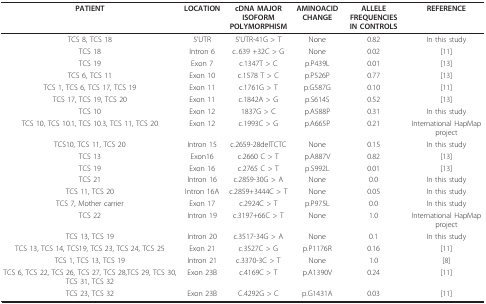
<table><thead><tr><td><b>PATIENT</b></td><td><b>LOCATION</b></td><td><b>cDNA MAJOR ISOFORMPOLYMORPHISM</b></td><td><b>AMINOACIDCHANGE</b></td><td><b>ALLELE FREQUENCIESIN CONTROLS</b></td><td><b>REFERENCE</b></td></tr></thead><tbody><tr><td>TCS 8, TCS 18</td><td>5&#x27;UTR</td><td>5&#x27;UTR-41G &gt; T</td><td>None</td><td>0.82</td><td>In this study</td></tr><tr><td>TCS 18</td><td>Intron 6</td><td>c..639 +32C &gt; G</td><td>None</td><td>0.02</td><td>[11]</td></tr><tr><td>TCS 19</td><td>Exon 7</td><td>c.1347T &gt; C</td><td>p.P439L</td><td>0.01</td><td>[13]</td></tr><tr><td>TCS 6, TCS 11</td><td>Exon 10</td><td>c.1578 T &gt; C</td><td>p.P526P</td><td>0.77</td><td>[13]</td></tr><tr><td>TCS 1, TCS 6, TCS 17, TCS 19</td><td>Exon 11</td><td>c.1761G &gt; T</td><td>p.G587G</td><td>0.10</td><td>[11]</td></tr><tr><td>TCS 17, TCS 19, TCS 20</td><td>Exon 11</td><td>c.1842A &gt; G</td><td>p.S614S</td><td>0.52</td><td>[13]</td></tr><tr><td>TCS 10</td><td>Exon 12</td><td>1837G &gt; C</td><td>p.A588P</td><td>0.31</td><td>In this study</td></tr><tr><td>TCS 10, TCS 10.1, TCS 10.3, TCS 11, TCS 20</td><td>Exon 12</td><td>c.1993C &gt; G</td><td>p.A665P</td><td>0.21</td><td>International HapMap project</td></tr><tr><td>TCS10, TCS 11, TCS 20</td><td>Intron 15</td><td>c.2659-28delTCTC</td><td>None</td><td>0.15</td><td>In this study</td></tr><tr><td>TCS 13</td><td>Exon16</td><td>c.2660 C &gt; T</td><td>p.A887V</td><td>0.82</td><td>[13]</td></tr><tr><td>TCS 19</td><td>Exon 16</td><td>c.2765 C &gt; T</td><td>p.S992L</td><td>0.01</td><td>[13]</td></tr><tr><td>TCS 21</td><td>Intron 16</td><td>c.2859-30G &gt; A</td><td>None</td><td>0.0</td><td>In this study</td></tr><tr><td>TCS 11, TCS 20</td><td>Intron 16A</td><td>c.2859+3444C &gt; T</td><td>None</td><td>0.05</td><td>In this study</td></tr><tr><td>TCS 7, Mother carrier</td><td>Exon 17</td><td>c.2924C &gt; T</td><td>p.P975L</td><td>0.0</td><td>In this study</td></tr><tr><td>TCS 22</td><td>Intron 19</td><td>c.3197+66C &gt; T</td><td>None</td><td>1.0</td><td>International HapMap project</td></tr><tr><td>TCS 13, TCS 19</td><td>Intron 20</td><td>c.3517-34G &gt; A</td><td>None</td><td>0.1</td><td>In this study</td></tr><tr><td>TCS 13, TCS 14, TCS19, TCS 23, TCS 24, TCS 25</td><td>Exon 21</td><td>c.3527C &gt; G</td><td>p.P1176R</td><td>0.16</td><td>[11]</td></tr><tr><td>TCS 1, TCS 13, TCS 19</td><td>Intron 21</td><td>c.3370-3C &gt; T</td><td>None</td><td>1.0</td><td>[8]</td></tr><tr><td>TCS 6, TCS 22, TCS 26, TCS 27, TCS 28,TCS 29, TCS 30, TCS 31, TCS 32</td><td>Exon 23B</td><td>c.4169C &gt; T</td><td>p.A1390V</td><td>0.24</td><td>[11]</td></tr><tr><td>TCS 23, TCS 32</td><td>Exon 23B</td><td>C.4292G &gt; C</td><td>p.G1431A</td><td>0.03</td><td>[11]</td></tr></tbody></table>